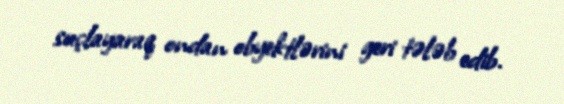
suçlayaraq ondan obyektlərini geri tələb edib.